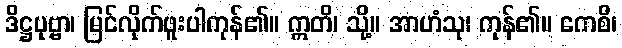
ဒိဋ္ဌပုဗ္ဗာ၊ မြင်လိုက်ဖူးပါကုန်၏။ ဣတိ၊ သို့။ အာဟံသု၊ ကုန်၏။ ကေစိ၊